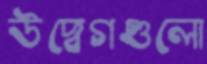
উদ্বেগগুলো